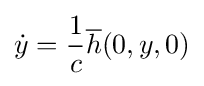
{\dot {y}}={\frac {1}{c}}{\overline {h}}(0,y,0)